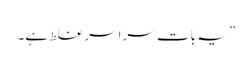
” یہ بات سراسر غلط ہے۔